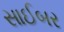
સાઈબર